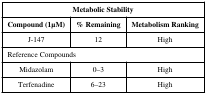
<table><thead><tr><td colspan="3"><b>Metabolic Stability</b></td></tr><tr><td><b>Compound (1μM)</b></td><td><b>% Remaining</b></td><td><b>Metabolism Ranking</b></td></tr></thead><tbody><tr><td>J-147</td><td>12</td><td>High</td></tr><tr><td colspan="3">Reference Compounds</td></tr><tr><td>Midazolam</td><td>0–3</td><td>High</td></tr><tr><td>Terfenadine</td><td>6–23</td><td>High</td></tr></tbody></table>